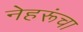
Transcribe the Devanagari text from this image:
नेहरूंचा